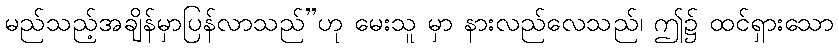
မည်သည့်အချိန်မှာပြန်လာသည်”ဟု မေးသူ မှာ နားလည်လေသည်၊ ဤ၌ ထင်ရှားသော